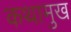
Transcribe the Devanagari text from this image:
कथामुख